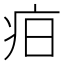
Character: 𤵖